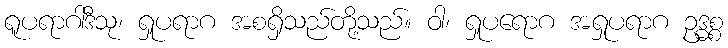
ရူပရာဂါဒီသု၊ ရှုပရာဂ အစရှိသည်တို့သည်။ ဝါ၊ ရှုပရောဂ အရှုပရာဂ ဥဒ္ဓစ္စ